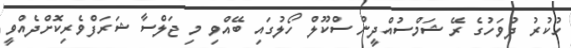
ހުކުރު ދުވަހުގެ ރޭ ޝަމްސުއްދީން ސްކޫލް ހޯލުގައިި ބޭއްވި މި ޖަލްސާ ޝަރަފްވެރިކޮށްދެއްވީ